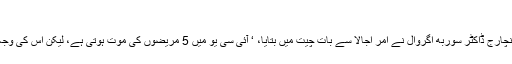
‘
ہسپتال کے محکمہ میڈیسن کے انچارج ڈاکٹر سوربھ اگروال نے امر اجالا سے بات چیت میں بتایا، ‘ آئی سی یو میں 5 مریضوں کی موت ہوتی ہے، لیکن اس کی وجہ اے سی کا خراب ہونا نہیں ہے۔